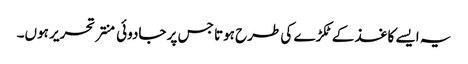
یہ ایسے کاغذ کے ٹکڑے کی طرح ہوتا جس پر جادوئی منتر تحریر ہوں۔